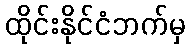
ထိုင်းနိုင်ငံဘက်မှ